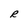
Character: R